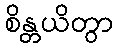
စိန္တယိတွာ